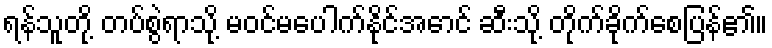
ရန်သူတို့ တပ်စွဲရာသို့ မဝင်မပေါက်နိုင်အောင် ဆီးသို့ တိုက်ခိုက်စေပြန်၏။